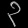
Digit: ၃